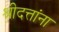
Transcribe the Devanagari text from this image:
श्रीदत्तांना